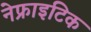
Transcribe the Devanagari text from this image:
नेफ्राइटिक